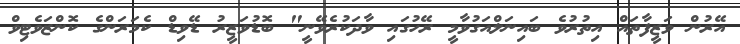
އޭރުން ވަޒީފާތައް އިތުރުވެ ބައިނަލްއަގުވާމީ ރޭހުގައި ވާދަކުރެވޭނީ" ބޮޑުވަޒީރު ޑޭވިޑް ކެމަރަންގެ ކޮންޒަވެޓިވް